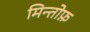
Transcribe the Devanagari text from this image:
मिन्तोफ़